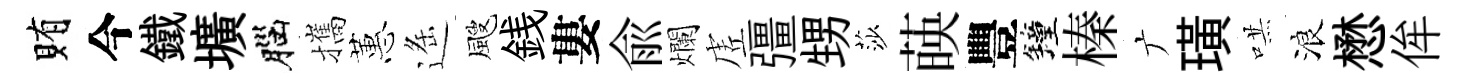
賄今鐵壙腦攜蕙遥颼銭婁俞爛虗彊甥莎𦴤豐鐘榛广璜哄浪懋侔